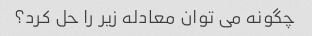
چگونه می توان معادله زیر را حل کرد؟